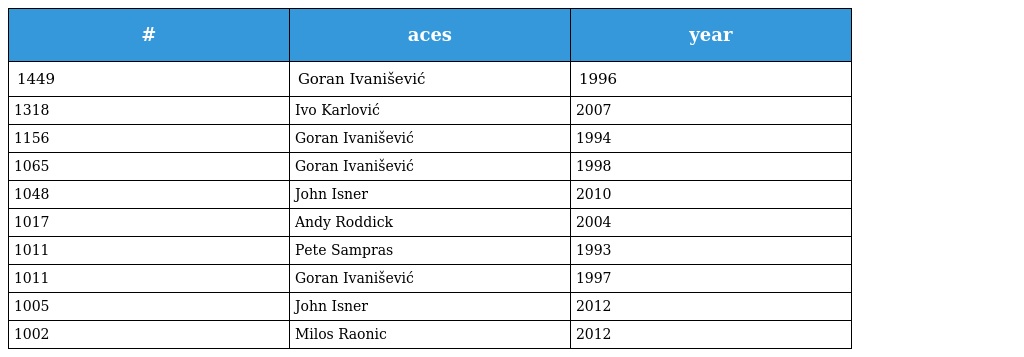
| # | aces | year |
 | --- | --- | --- |
 | 1449 | Goran Ivanišević | 1996 |
 | 1318 | Ivo Karlović | 2007 |
 | 1156 | Goran Ivanišević | 1994 |
 | 1065 | Goran Ivanišević | 1998 |
 | 1048 | John Isner | 2010 |
 | 1017 | Andy Roddick | 2004 |
 | 1011 | Pete Sampras | 1993 |
 | 1011 | Goran Ivanišević | 1997 |
 | 1005 | John Isner | 2012 |
 | 1002 | Milos Raonic | 2012 |